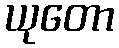
ယုတော